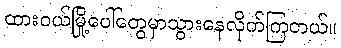
ထားဝယ်မြို့ပေါ်တွေမှာသွားနေလိုက်ကြတယ်။